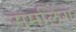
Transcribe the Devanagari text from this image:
समलिंग